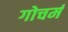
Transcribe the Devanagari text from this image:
गोचर्म